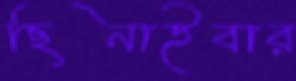
ছিনাইবার